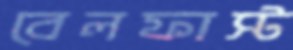
বেলফাস্ট